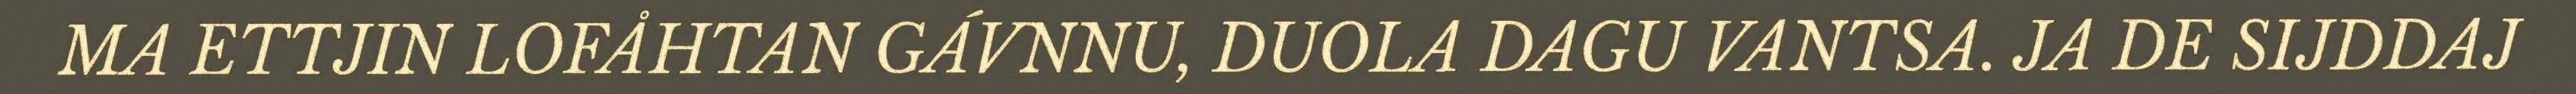
MA ETTJIN LOFÅHTAN GÁVNNU, DUOLA DAGU VANTSA. JA DE SIJDDAJ